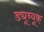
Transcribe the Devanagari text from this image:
ड्यूब्यूक